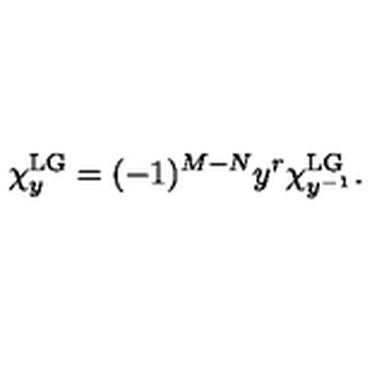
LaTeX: \chi _ { y } ^ { \mathrm { L G } } = ( - 1 ) ^ { M - N } y ^ { r } \chi _ { y ^ { - 1 } } ^ { \mathrm { L G } } .